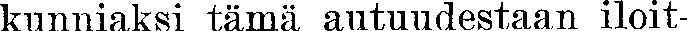
kunniaksi tämä autuudestaan iloit-